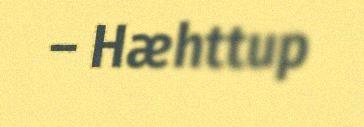
– Hæhttup